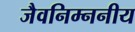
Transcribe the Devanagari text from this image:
जैवनिम्ननीय